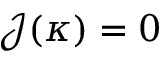
\mathcal { J } ( \kappa ) = 0